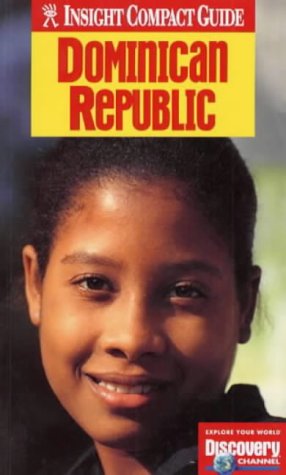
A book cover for Dominican Republic and Haiti Insight Compact Guide (Insight Compact Guides); Travel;